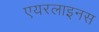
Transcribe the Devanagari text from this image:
एयरलाइनस